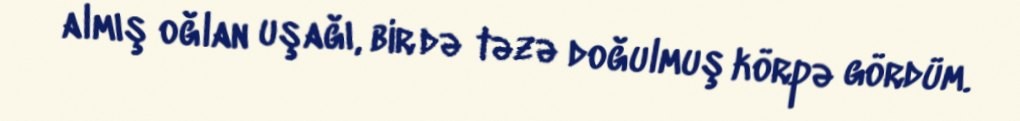
almış oğlan uşağı, bir də təzə doğulmuş körpə gördüm.